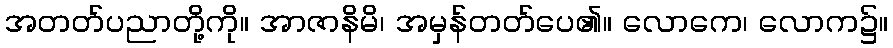
အတတ်ပညာတို့ကို။ အာဇာနိမိ၊ အမှန်တတ်ပေ၏။ လောကေ၊ လောက၌။